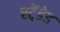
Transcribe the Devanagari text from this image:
स्ट्रेंडेड